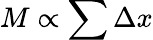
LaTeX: M\propto\sum\Delta x